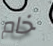
خام